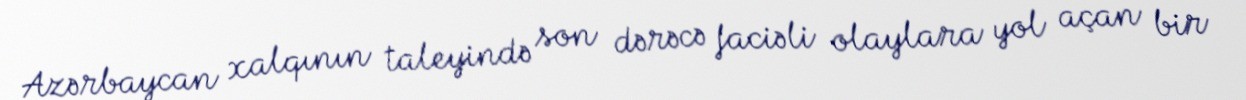
Azərbaycan xalqının taleyində son dərəcə faciəli olaylara yol açan bir